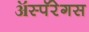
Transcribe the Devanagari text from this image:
ॲस्पॅरेगस